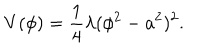
LaTeX: V ( \phi ) = \frac { 1 } { 4 } \lambda ( \phi ^ { 2 } - a ^ { 2 } ) ^ { 2 } .